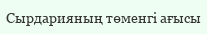
Сырдарияның төменгі ағысы